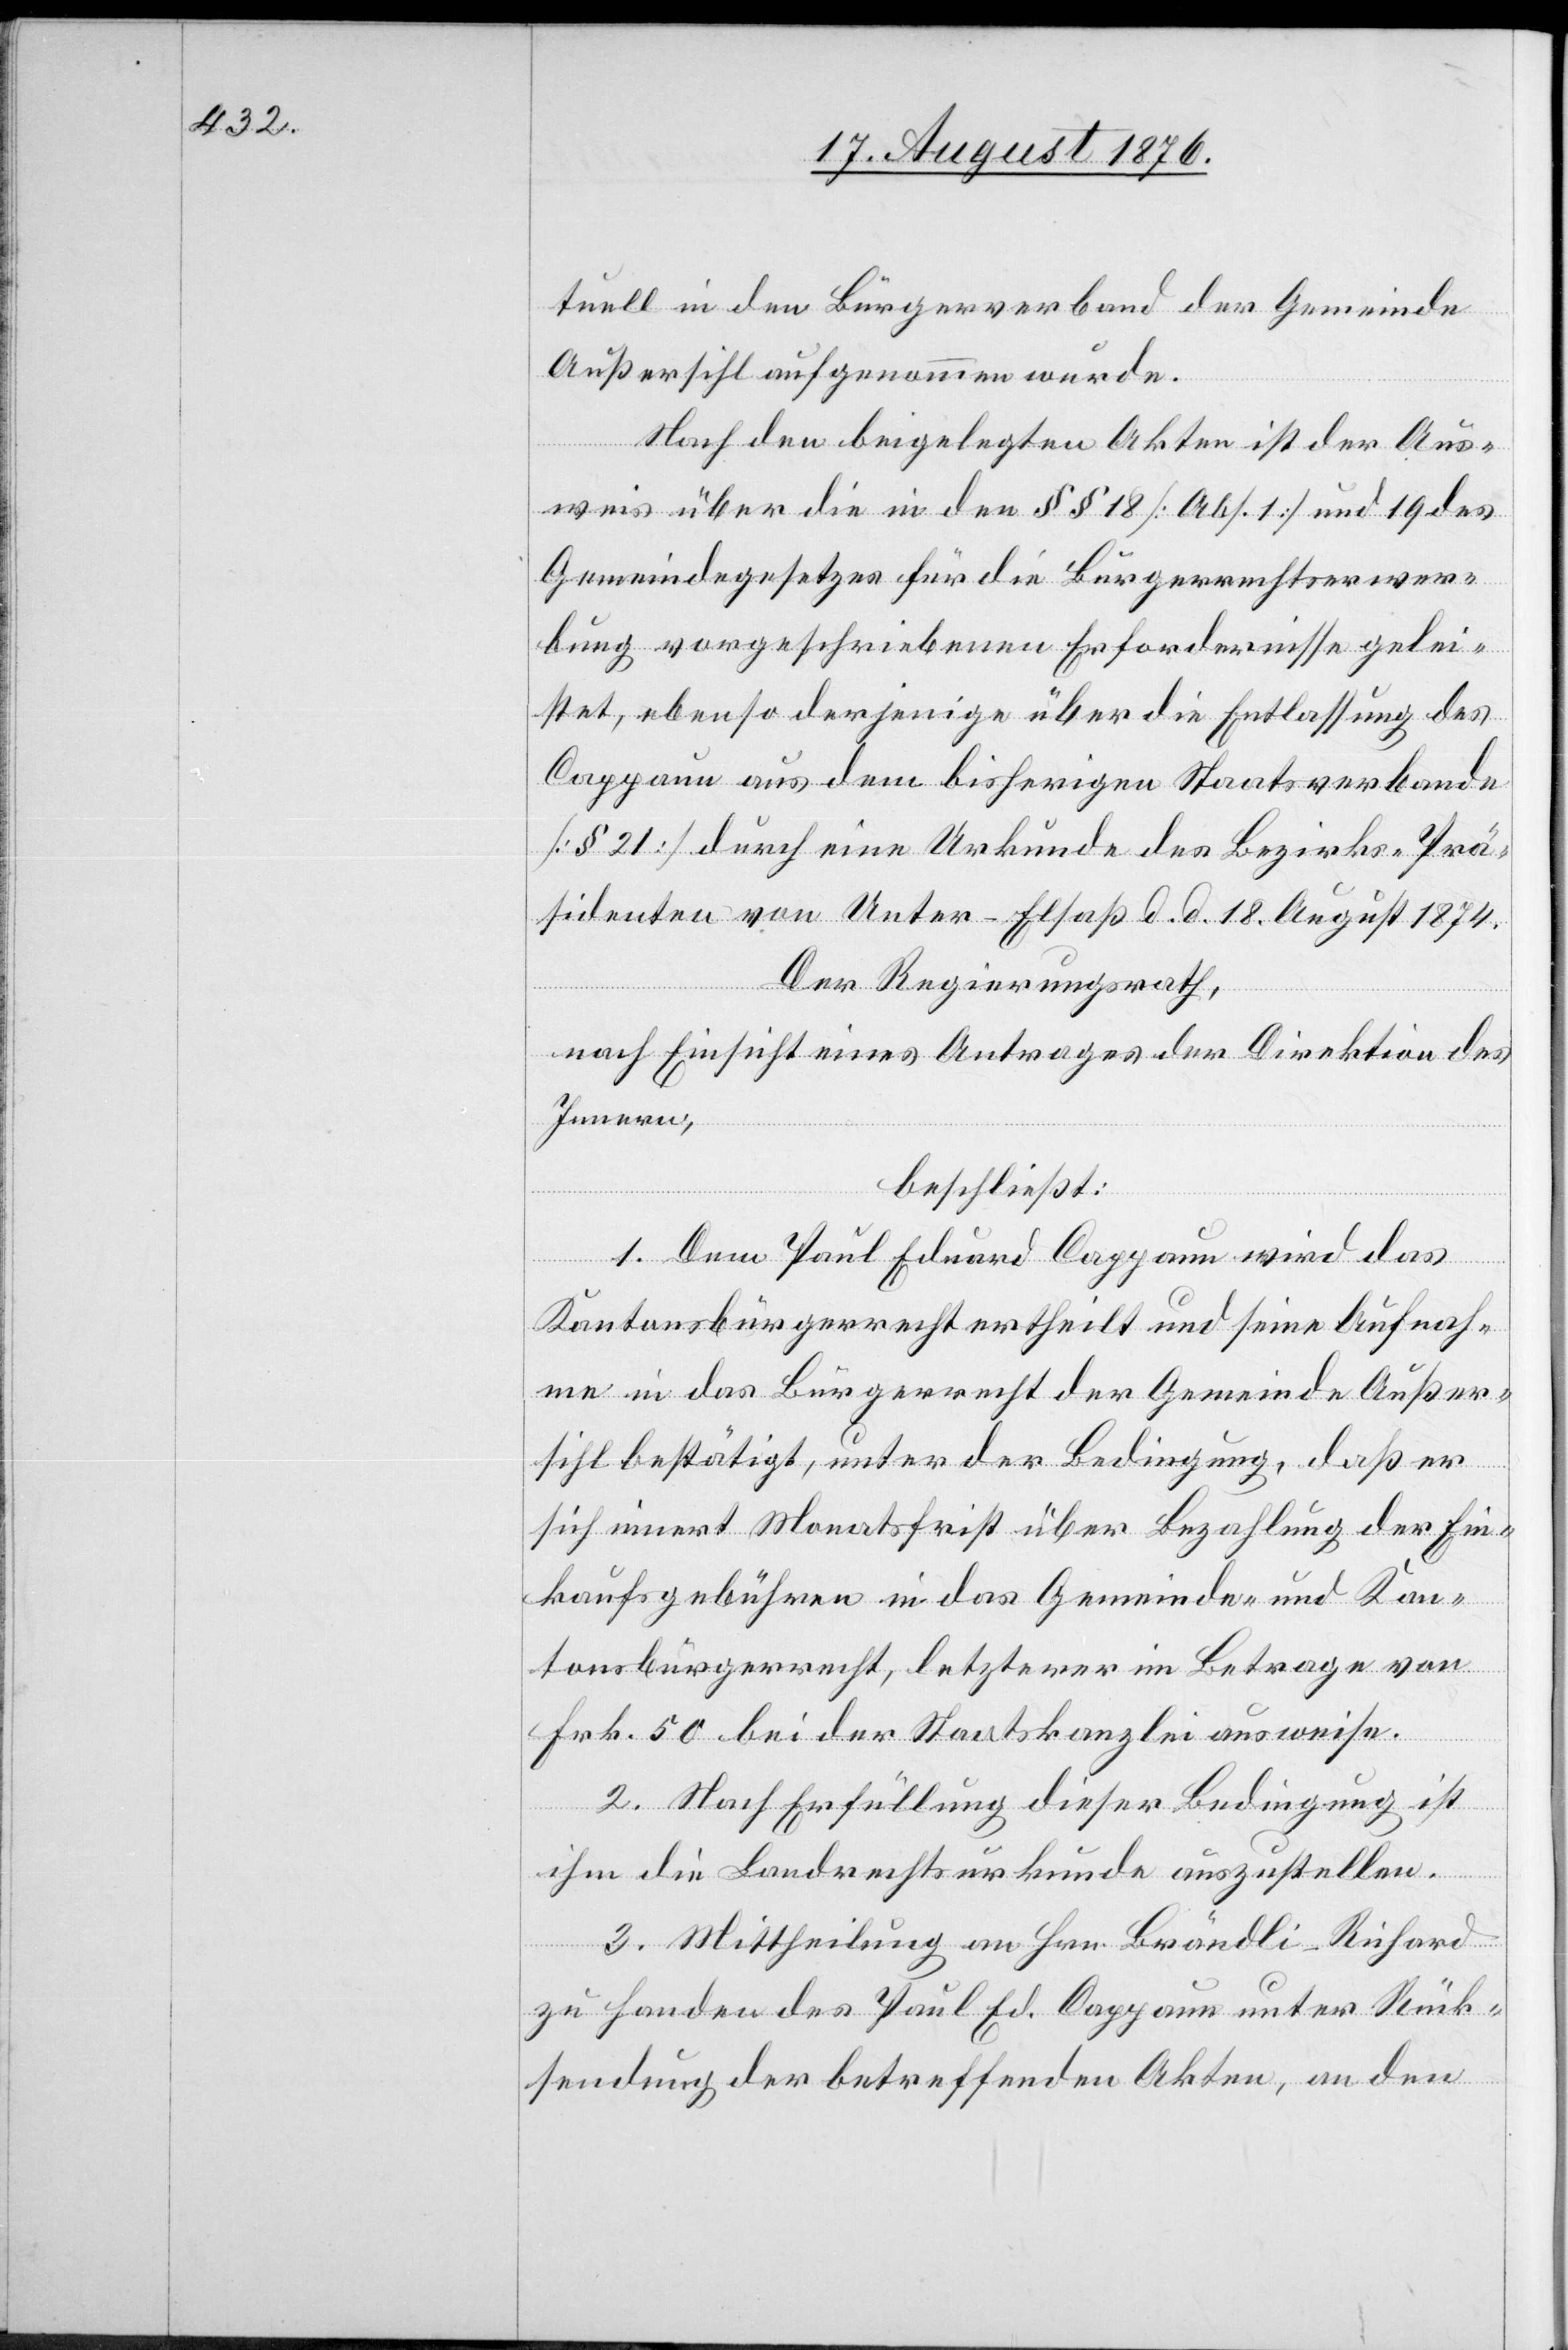
tuell in den Bürgerverband der Gemeinde
Außersihl aufgenommen wurde.
Nach den beigelegten Akten ist der Aus¬
weis über die in den §§ 18 [Abs. 1] und 19 des
Gemeindegesetzes für die Bürgerrechtserwer¬
bung vorgeschriebenen Erfordernisse gelei¬
stet, ebenso derjenige über die Entlassung des
Cappaun aus dem bisherigen Staatsverbande
[§ 21] durch eine Urkunde des Bezirks-Prä¬
sidenten von Unter-Elsaß d. d. 18. August 1874.
Der Regierungsrath,
nach Einsicht eines Antrages der Direktion des
Innern,
beschließt:
1. Dem Paul Eduard Cappaun wird das
Gemeinde
sihl bestätigt, unter der Bedingung, daß er
sich innert Monatsfrist über Bezahlung der Ein¬
kaufsgebühren in das Gemeinde- und Kan¬
tonsbürgerrecht, letzterer im Betrage von
ausweise.
2. Nach Erfüllung dieser Bedingung ist
ihm die Landrechtsurkunde auszustellen.
3. Mittheilung an Hrn. Brändli-Richard
zu Handen des Paul Ed. Cappaun unter Rück¬
sendung der betreffenden Akten, an den